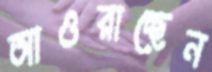
আওরাচ্ছেন